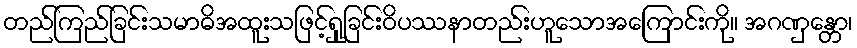
တည်ကြည်ခြင်းသမာဓိအထူးသဖြင့်ရှုခြင်းဝိပဿနာတည်းဟူသောအကြောင်းကို။ အဂဏှန္တော၊